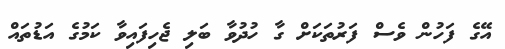
އޭގެ ފަހުން ވެސް ފަރުތަކަށް ގާ ހުދުވާ ބަލި ޖެހިފައިވާ ކަމުގެ އަޑުތައް